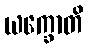
ယက္ခောတိ